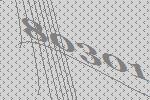
80301